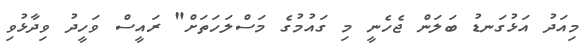
މިއަދު އަޅުގަނޑު ބަލަން ޖެހެނީ މި ގައުމުގެ މަސްލަހަތަށް" ރައީސް ވަހީދު ވިދާޅުވި